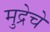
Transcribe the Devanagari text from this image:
मुद्रेचे